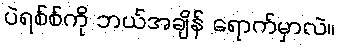
ပဲရစ်စ်ကို ဘယ်အချိန် ရောက်မှာလဲ။